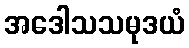
အဒေါသသမုဒယံ